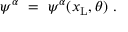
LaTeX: \psi ^ { \alpha } \ = \ \psi ^ { \alpha } ( x _ { \mathrm { L } } , \theta ) \ .